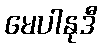
မေပါနုဒီ